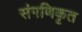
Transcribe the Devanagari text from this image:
संगणिकृत